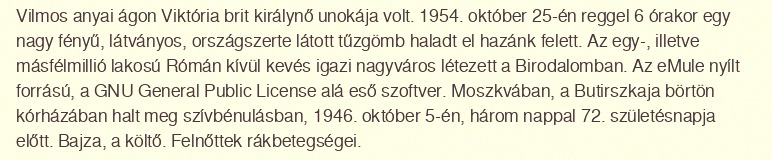
Vilmos anyai ágon Viktória brit királynő unokája volt. 1954. október 25-én reggel 6 órakor egy nagy fényű, látványos, országszerte látott tűzgömb haladt el hazánk felett. Az egy-, illetve másfélmillió lakosú Rómán kívül kevés igazi nagyváros létezett a Birodalomban. Az eMule nyílt forrású, a GNU General Public License alá eső szoftver. Moszkvában, a Butirszkaja börtön kórházában halt meg szívbénulásban, 1946. október 5-én, három nappal 72. születésnapja előtt. Bajza, a költő. Felnőttek rákbetegségei.